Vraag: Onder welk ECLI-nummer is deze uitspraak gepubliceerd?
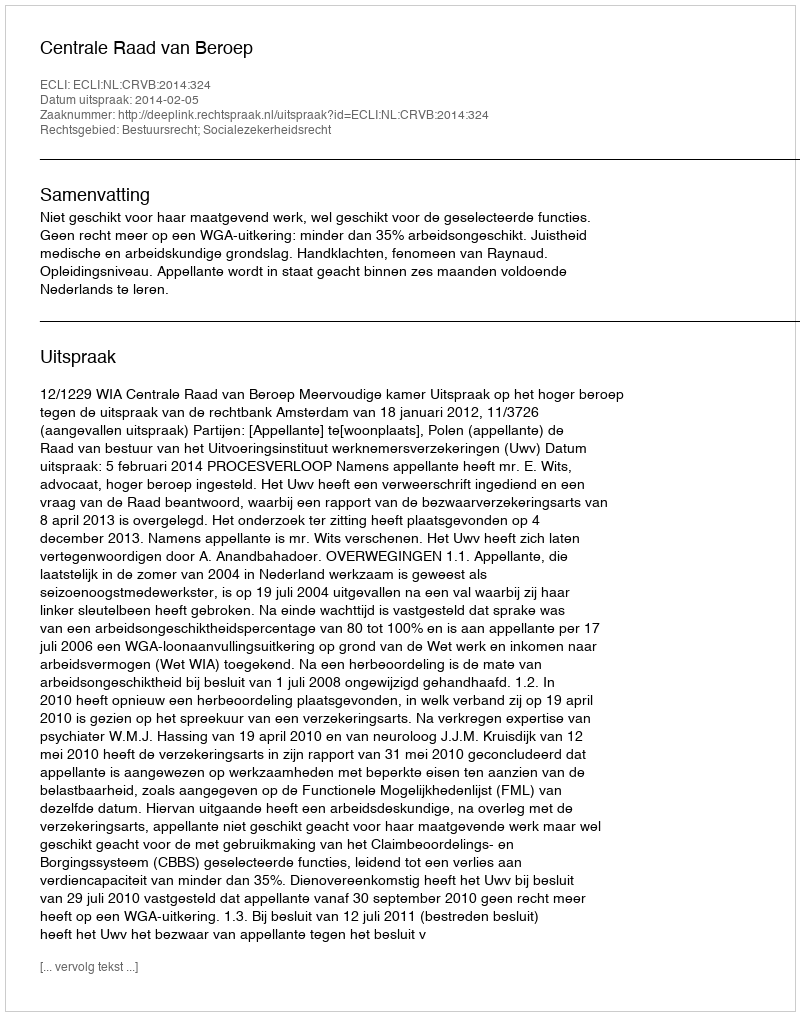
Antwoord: ECLI:NL:CRVB:2014:324